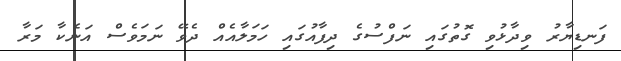
ފަނޑިޔާރު ވިދާޅުވި ގޮތުގައި ނަފްސުގެ ދިފާއުގައި ހަމަލާއެއް ދެވޭ ނަމަވެސް އަނެކާ މަރާ